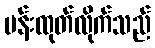
ပန်းထုတ်လိုက်သည်